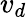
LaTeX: v_{d}